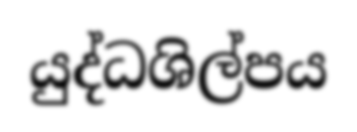
යුද්ධශිල්පය